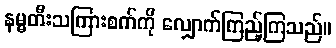
နမ္မတီးသကြားစက်ကို လျှောက်ကြည့်ကြသည်။